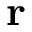
\mathbf { r }